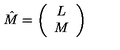
\hat { M } = \left( \begin{array} { c } { L } \\ { M } \\ \end{array} \right)